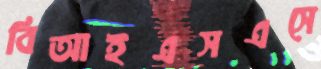
বিআইএসএসে